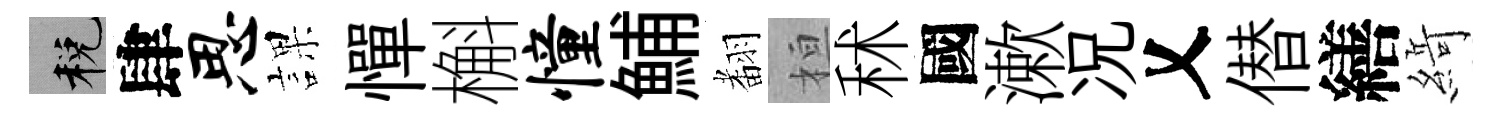
税肆思課憚槲憧鯆𮋒桓秫國漱况乂僣繕𦂶